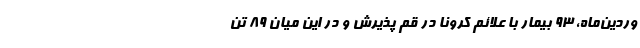
وردین‌ماه، ۹۳ بیمار با علائم کرونا در قم پذیرش و در این میان ۸۹ تن